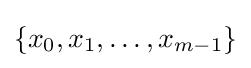
\{x_{0},x_{1},\dots ,x_{m-1}\}